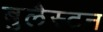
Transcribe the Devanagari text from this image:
बुलैस्टन